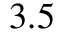
3 . 5